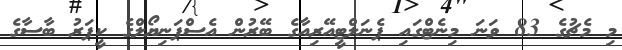
މި މެޗުގެ 83 ވަނަ މިނެޓްގައި ޕެނަލްޓީއޭރިއާގެ ބޭރުން އެސްޕަނިޔޯލްގެ ކީޕަރު ބާސާގެ